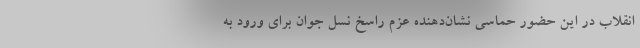
انقلاب در این حضور حماسی نشان‌دهنده عزم راسخ نسل جوان برای ورود به